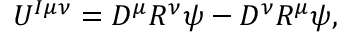
U ^ { I \mu \nu } = D ^ { \mu } R ^ { \nu } \psi - D ^ { \nu } R ^ { \mu } \psi ,